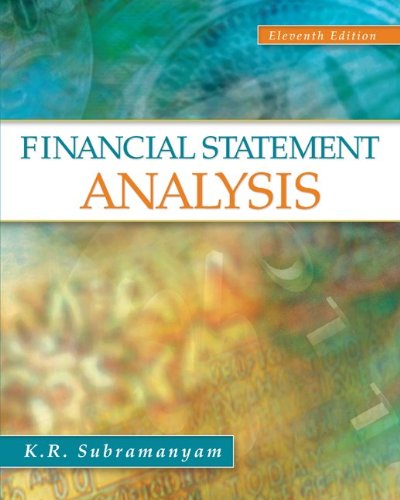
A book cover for Financial Statement Analysis; K. R. Subramanyam; Business & Money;